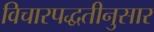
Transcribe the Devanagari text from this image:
विचारपद्धतीनुसार